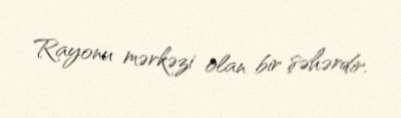
Rayonu mərkəzi olan bir şəhərdir.